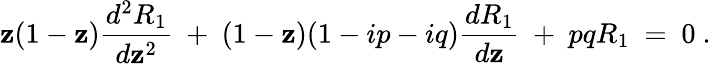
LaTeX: \mathbf{z}(1-\mathbf{z}){\frac{{d^{2}R_{1}}}{{d\mathbf{z}^{2}}}}~+~(1-\mathbf{z})(1-ip-iq){\frac{{dR_{1}}}{{d\mathbf{z}}}}~+~pqR_{1}~=~0~.